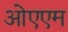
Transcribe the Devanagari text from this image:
ओएएम